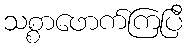
သစ္စာဖောက်ကြပြီ